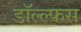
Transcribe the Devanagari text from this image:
डॉल्ल्फस